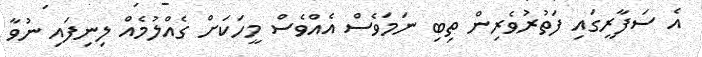
އެ ސަފާރީގައި ފަތުރުވެރިން ތިބި ނަމަވެސް އެއްވެސް މީހަކަށް ގެއްލުމެއް ލިނިފައި ނުވާ